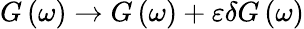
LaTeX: G\left(\omega\right)\to G\left(\omega\right)+\varepsilon\delta G\left(\omega\right)